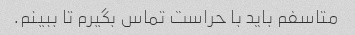
متاسفم باید با حراست تماس بگیرم تا ببینم.